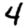
Digit: 4